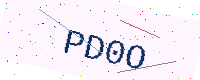
Text: PD0O